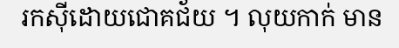
រកស៊ីដោយជោគជ័យ ។ លុយកាក់ មាន